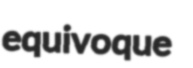
equivoque